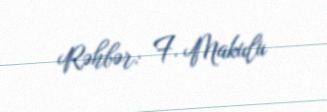
Rəhbər: F. Makulu